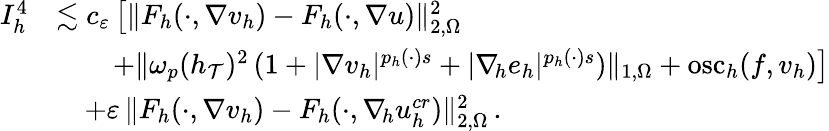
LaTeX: \begin{array}{r}{\begin{array}{rl}{I_{h}^{4}}&{\lesssim c_{\varepsilon}\, \big[\| F_{h}(\cdot,\nabla v_{h})-F_{h}(\cdot,\nabla u)\| _{2,\Omega}^{2}}\\ &{\quad\quad+\| \omega_{p}(h_{\mathcal{T}})^{2}\, (1+\vert\nabla v_{h}\vert^{p_{h}(\cdot)s}+\vert\nabla_{\! h}e_{h}\vert^{p_{h}(\cdot)s})\| _{1,\Omega}+\mathrm{osc}_{h}(f,v_{h})\big]}\\ &{\quad+\varepsilon\, \| F_{h}(\cdot,\nabla v_{h})-F_{h}(\cdot,\nabla_{\! h}u_{h}^{\textit{cr}})\| _{2,\Omega}^{2}\, .}\end{array}}\end{array}